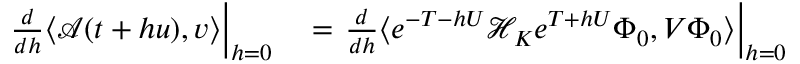
\begin{array} { r l } { \left. \frac { d } { d h } \langle \mathcal { A } ( t + h u ) , v \rangle \right| _ { h = 0 } } & { { } = \left. \frac { d } { d h } \langle e ^ { - T - h U } \mathcal { H } _ { K } e ^ { T + h U } \Phi _ { 0 } , V \Phi _ { 0 } \rangle \right| _ { h = 0 } } \end{array}